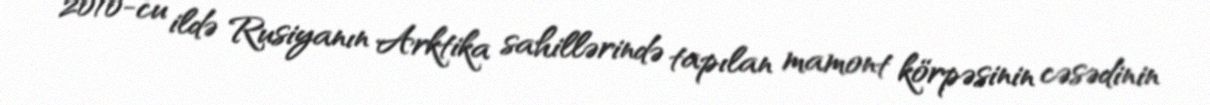
2010-cu ildə Rusiyanın Arktika sahillərində tapılan mamont körpəsinin cəsədinin